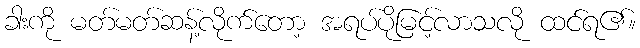
ခါးကို မတ်မတ်ဆန့်လိုက်တော့ အရပ်ပိုမြင့်လာသလို ထင်ရ၏။